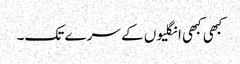
کبھی کبھی انگلیوں کے سرے تک۔